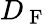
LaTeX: D_{\mathrm{~F~}}